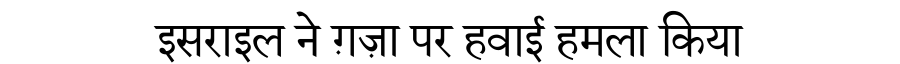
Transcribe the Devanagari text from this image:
इसराइल ने ग़ज़ा पर हवाई हमला किया